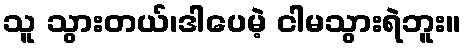
သူ သွားတယ်၊ဒါပေမဲ့ ငါမသွားရဲဘူး။